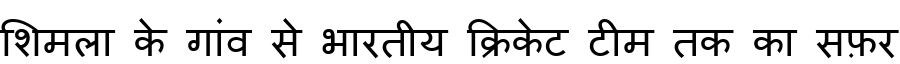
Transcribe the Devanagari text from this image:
शिमला के गांव से भारतीय क्रिकेट टीम तक का सफ़र